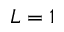
L = 1